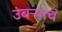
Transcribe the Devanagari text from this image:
उंबऱ्याचं